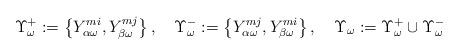
LaTeX: \begin{align*}\Upsilon_{\omega}^{+}:=\left\{ Y_{\alpha\omega}^{mi},Y_{\beta\omega}^{mj}\right\} ,\quad\Upsilon_{\omega}^{-}:=\left\{ Y_{\alpha\omega}^{mj},Y_{\beta\omega}^{mi}\right\} ,\quad\Upsilon_{\omega}:=\Upsilon_{\omega}^{+}\cup\Upsilon_{\omega}^{-}\end{align*}